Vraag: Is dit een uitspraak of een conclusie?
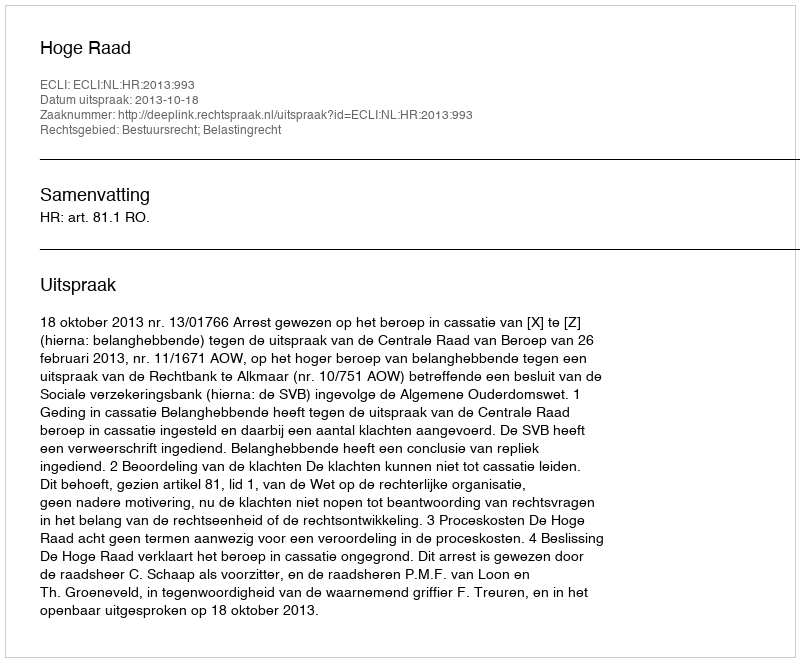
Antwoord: Uitspraak